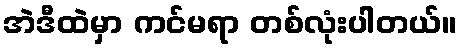
အဲဒီထဲမှာ ကင်မရာ တစ်လုံးပါတယ်။